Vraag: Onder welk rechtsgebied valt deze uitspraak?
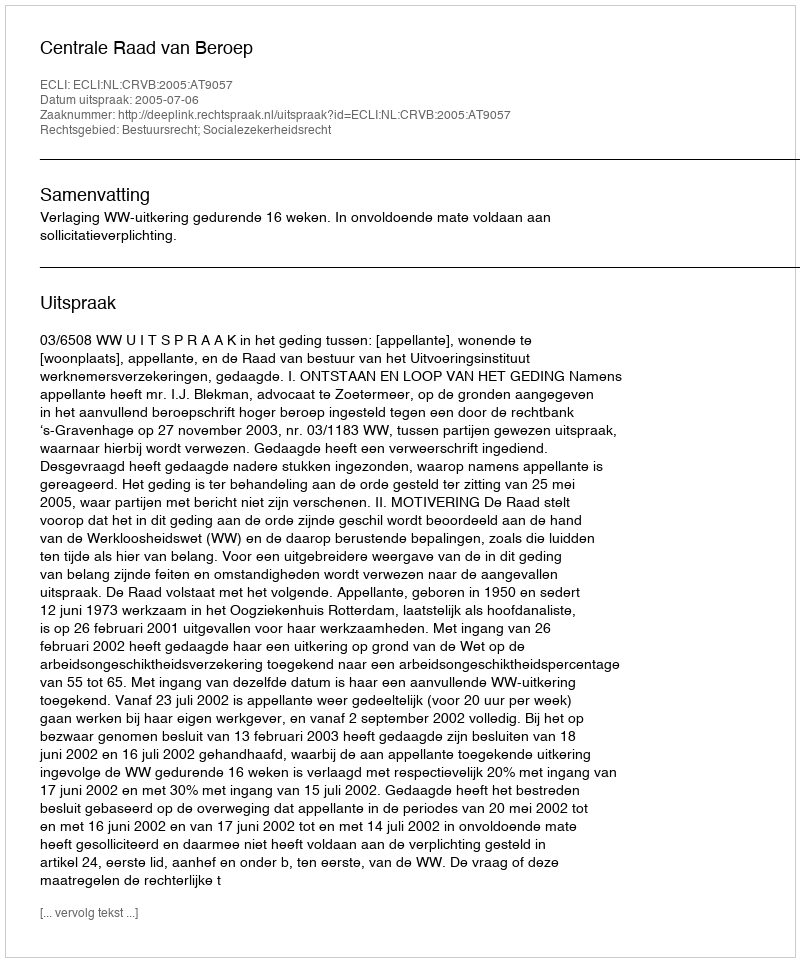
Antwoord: Bestuursrecht; Socialezekerheidsrecht